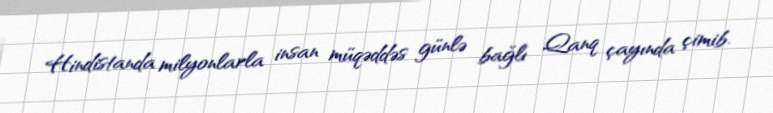
Hindistanda milyonlarla insan müqəddəs günlə bağlı Qanq çayında çimib.